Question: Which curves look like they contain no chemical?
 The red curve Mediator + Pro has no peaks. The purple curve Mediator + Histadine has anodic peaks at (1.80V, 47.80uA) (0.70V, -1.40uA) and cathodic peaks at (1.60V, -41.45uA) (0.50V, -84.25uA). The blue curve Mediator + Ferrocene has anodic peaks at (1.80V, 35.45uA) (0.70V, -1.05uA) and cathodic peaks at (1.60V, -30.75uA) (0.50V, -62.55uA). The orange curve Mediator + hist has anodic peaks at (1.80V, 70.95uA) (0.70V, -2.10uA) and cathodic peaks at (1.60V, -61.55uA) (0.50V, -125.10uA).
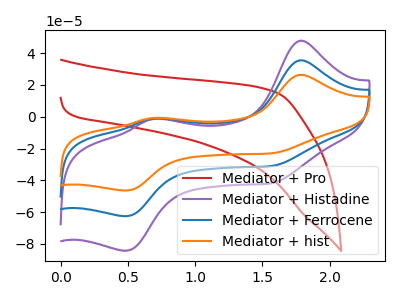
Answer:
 <answer>"Mediator + Pro" is likely to be a blank.</answer>
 <eval>Mediator + Pro</eval>